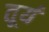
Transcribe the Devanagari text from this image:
तूर्य